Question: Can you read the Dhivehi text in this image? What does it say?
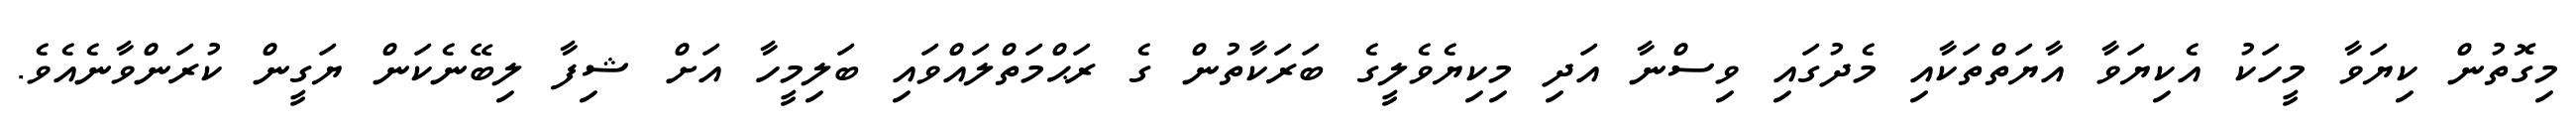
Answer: މިގޮތުން ކިޔަވާ މީހަކު އެކިޔަވާ އާޔަތްތަކާއި މެދުގައި ވިސްނާ އަދި މިކިޔެވެލީގެ ބަރަކާތުން ގެ ރަޙްމަތްލައްވައި ބަލިމީހާ އަށް ޝިފާ ލިބޭނެކަން ޔަގީން ކުރަންވާނެއެވެ.